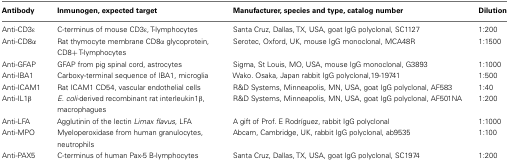
<table><thead><tr><td><b>Antibody</b></td><td><b>Inmunogen, expected target</b></td><td><b>Manufacturer, species and type, catalog number</b></td><td><b>Dilution</b></td></tr></thead><tbody><tr><td>Anti-CD3ε</td><td>C-terminus of mouse CD3ε, T-lymphocytes</td><td>Santa Cruz, Dallas, TX, USA, goat IgG polyclonal, SC1127</td><td>1:200</td></tr><tr><td>Anti-CD8α</td><td>Rat thymocyte membrane CD8α glycoprotein, CD8+ T-lymphocytes</td><td>Serotec, Oxford, UK, mouse IgG monoclonal, MCA48R</td><td>1:1500</td></tr><tr><td>Anti-GFAP</td><td>GFAP from pig spinal cord, astrocytes</td><td>Sigma, St Louis, MO, USA, mouse IgG monoclonal, G3893</td><td>1:1000</td></tr><tr><td>Anti-IBA1</td><td>Carboxy-terminal sequence of IBA1, microglia</td><td>Wako. Osaka, Japan rabbit IgG polyclonal,19-19741</td><td>1:500</td></tr><tr><td>Anti-ICAM1</td><td>Rat ICAM1 CD54, vascular endothelial cells</td><td>R&amp;D Systems, Minneapolis, MN, USA, goat IgG polyclonal, AF583</td><td>1:40</td></tr><tr><td>Anti-IL1β</td><td><i>E. coli-</i>derived recombinant rat interleukin1β, macrophagues</td><td>R&amp;D Systems, Minneapolis, MN, USA, goat IgG polyclonal, AF501NA</td><td>1:200</td></tr><tr><td>Anti-LFA</td><td>Agglutinin of the lectin <i>Limax flavus</i>, LFA</td><td>A gift of Prof. E Rodríguez, rabbit IgG polyclonal</td><td>1:1000</td></tr><tr><td>Anti-MPO</td><td>Myeloperoxidase from human granulocytes, neutrophils</td><td>Abcam, Cambridge, UK, rabbit IgG polyclonal, ab9535</td><td>1:100</td></tr><tr><td>Anti-PAX5</td><td>C-terminus of human Pax-5 B-lymphocytes</td><td>Santa Cruz, Dallas, TX, USA, goat IgG polyclonal, SC1974</td><td>1:200</td></tr></tbody></table>